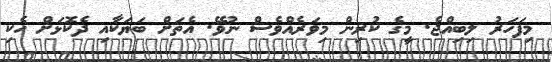
މިފަހަރު ލިބިއްޖެ. މީގެ ކުރިން މިވަރެއްވެސް ނުވޭ. އެތަށް ބަޔަކާއި ދެކޮޅަށް ހެކި